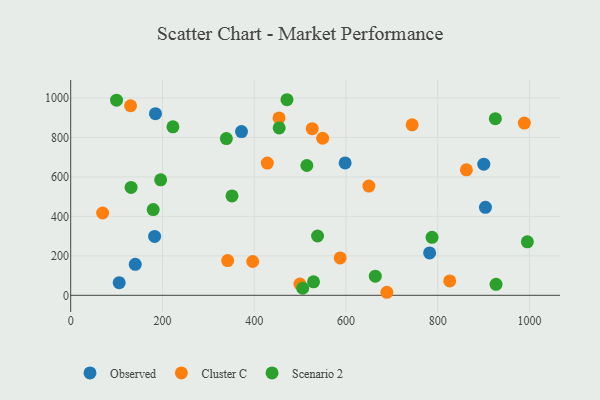
{"axis": {"x": "Experience", "y": "Rating"}, "legend": ["Cluster C", "Observed", "Scenario 2"], "data": [{"x": "782.3", "y": 214.7, "type": "Observed"}, {"x": "140.7", "y": 156.9, "type": "Observed"}, {"x": "900.4", "y": 664.4, "type": "Observed"}, {"x": "372.3", "y": 829.7, "type": "Observed"}, {"x": "904.0", "y": 445.9, "type": "Observed"}, {"x": "598.2", "y": 670.6, "type": "Observed"}, {"x": "182.9", "y": 298.3, "type": "Observed"}, {"x": "184.8", "y": 920.6, "type": "Observed"}, {"x": "105.7", "y": 64.2, "type": "Observed"}, {"x": "744.2", "y": 863.8, "type": "Cluster C"}, {"x": "342.1", "y": 176.0, "type": "Cluster C"}, {"x": "526.5", "y": 844.5, "type": "Cluster C"}, {"x": "689.1", "y": 15.4, "type": "Cluster C"}, {"x": "549.2", "y": 795.9, "type": "Cluster C"}, {"x": "988.8", "y": 872.8, "type": "Cluster C"}, {"x": "130.5", "y": 960.5, "type": "Cluster C"}, {"x": "396.7", "y": 171.3, "type": "Cluster C"}, {"x": "649.9", "y": 553.6, "type": "Cluster C"}, {"x": "428.6", "y": 669.9, "type": "Cluster C"}, {"x": "499.6", "y": 57.4, "type": "Cluster C"}, {"x": "862.5", "y": 635.9, "type": "Cluster C"}, {"x": "587.4", "y": 189.4, "type": "Cluster C"}, {"x": "826.1", "y": 72.7, "type": "Cluster C"}, {"x": "454.1", "y": 898.7, "type": "Cluster C"}, {"x": "69.6", "y": 417.2, "type": "Cluster C"}, {"x": "339.3", "y": 794.2, "type": "Scenario 2"}, {"x": "663.9", "y": 97.2, "type": "Scenario 2"}, {"x": "514.7", "y": 657.9, "type": "Scenario 2"}, {"x": "787.6", "y": 293.6, "type": "Scenario 2"}, {"x": "927.1", "y": 55.5, "type": "Scenario 2"}, {"x": "471.4", "y": 991.1, "type": "Scenario 2"}, {"x": "925.6", "y": 895.2, "type": "Scenario 2"}, {"x": "995.4", "y": 271.0, "type": "Scenario 2"}, {"x": "454.4", "y": 848.1, "type": "Scenario 2"}, {"x": "538.1", "y": 300.6, "type": "Scenario 2"}, {"x": "351.6", "y": 503.5, "type": "Scenario 2"}, {"x": "179.8", "y": 434.7, "type": "Scenario 2"}, {"x": "99.9", "y": 988.7, "type": "Scenario 2"}, {"x": "222.8", "y": 853.8, "type": "Scenario 2"}, {"x": "131.6", "y": 546.8, "type": "Scenario 2"}, {"x": "529.3", "y": 68.3, "type": "Scenario 2"}, {"x": "505.7", "y": 35.9, "type": "Scenario 2"}, {"x": "196.1", "y": 585.4, "type": "Scenario 2"}]}